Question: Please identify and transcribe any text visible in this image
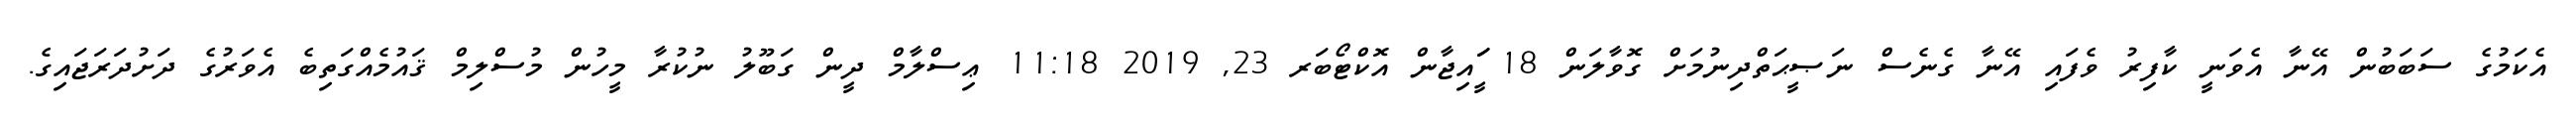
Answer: އެކަމުގެ ސަބަބުން އޭނާ އެވަނީ ކާފިރު ވެފައި އޭނާ ގެނެސް ނަޞީޙަތްދިނުމަށް ގޮވާލަން 18 ީަައިޖާން އޮކްޓޯބަރ 23, 2019 11:18 ޢިސްލާމް ދީން ގަބޫލު ނުކުރާ މީހުން މުސްލިމް ޤައުމެއްގަތިބެ އެވަރުގެ ދަށުދަރަޖައިގެ.